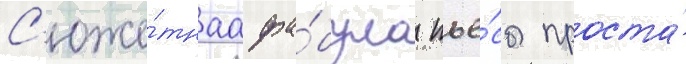
С'юже́тнаа фа́була пье́сы проста́